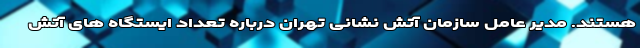
هستند. مدیر عامل سازمان آتش نشانی تهران درباره تعداد ایستگاه های آتش